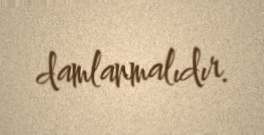
damlanmalıdır.